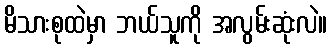
မိသားစုထဲမှာ ဘယ်သူကို အလွမ်းဆုံးလဲ။